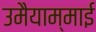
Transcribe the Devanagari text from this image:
उमैयाम्माई